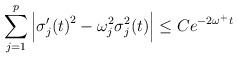
LaTeX: \begin{align*} \sum_{j=1}^p \left|{\sigma'_j(t)}^2-\omega_j^2\sigma_j^2(t)\right|\leq Ce^{-2\omega^+t}\end{align*}